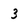
Character: 3